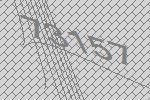
73157